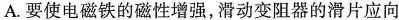
A.要使电磁铁的磁性增强，滑动变阻器的滑片应向